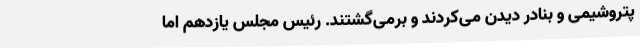
پتروشیمی و بنادر دیدن می‌کردند و برمی‌گشتند. رئیس مجلس یازدهم اما